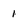
Character: 1